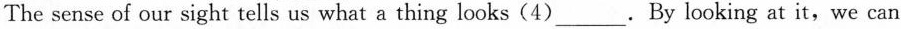
The sense of our sight tells us what a thing looks(4)___.By looking at it,we can